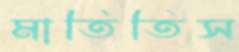
মাতিতিস